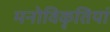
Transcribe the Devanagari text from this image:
मनोविकृतियां